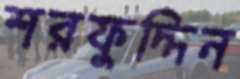
শরফুদ্দিন